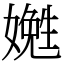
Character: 嬎